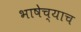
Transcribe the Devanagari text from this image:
भाषेच्याच